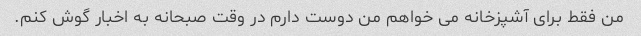
من فقط برای آشپزخانه می خواهم من دوست دارم در وقت صبحانه به اخبار گوش کنم.